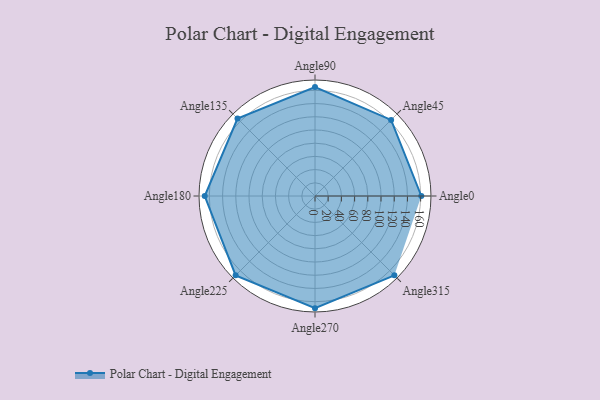
{"axis": {"x": "Angle", "y": "Radius"}, "legend": [""], "data": [{"x": "Angle0", "y": 161.0, "type": ""}, {"x": "Angle45", "y": 163.0, "type": ""}, {"x": "Angle90", "y": 165.0, "type": ""}, {"x": "Angle135", "y": 166.0, "type": ""}, {"x": "Angle180", "y": 167.0, "type": ""}, {"x": "Angle225", "y": 170, "type": ""}, {"x": "Angle270", "y": 170, "type": ""}, {"x": "Angle315", "y": 170, "type": ""}]}